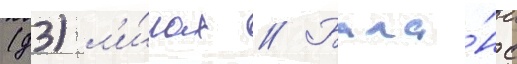
(д3) л'и́гах // Бала́нс